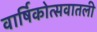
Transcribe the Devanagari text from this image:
वार्षिकोत्सवातली